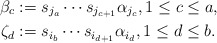
\begin{align*}\beta_{c} &:= s_{j_{a}} \cdots s_{j_{c+1}} \alpha_{j_{c}}, 1 \le c \le a, \\ \zeta_{d} &:= s_{i_{b}} \cdots s_{i_{d+1}} \alpha_{i_{d}}, 1 \le d \le b. \end{align*}